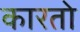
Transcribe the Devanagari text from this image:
कारतो